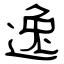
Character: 逸